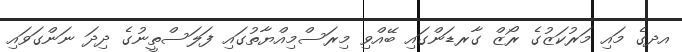
އދގެ މައި މަރުކަޒުގެ ރޯޒް ގާރޑަންގައި ބޭއްވި މިރަސްމިއްޔާތުގައި ފަލަސްތީނުގެ ދިދަ ނަންގަވައި